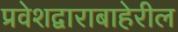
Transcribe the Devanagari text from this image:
प्रवेशद्वाराबाहेरील